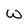
Character: W